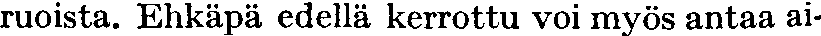
ruoista. Ehkäpä edellä kerrottu voi myös antaa ai-